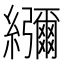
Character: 𦇯